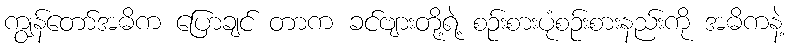
ကျွန်တော်အဓိက ပြောချင် တာက ခင်ဗျားတို့ရဲ့ စဉ်းစားပုံစဉ်းစားနည်းကို အဓိကနဲ့